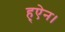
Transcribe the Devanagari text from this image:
ह्ऐन।